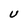
Character: U